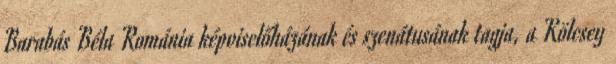
Barabás Béla Románia képviselőházának és szenátusának tagja, a Kölcsey